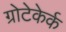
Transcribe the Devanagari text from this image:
ग्रोटेकेर्क